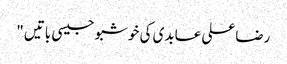
رضاعلی عابدی کی خوشبو جیسی باتیں "